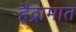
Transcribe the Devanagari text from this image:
हैद्रामात